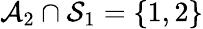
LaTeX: \mathcal{A}_{2}\cap\mathcal{S}_{1}=\{ 1,2\}